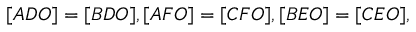
[ A D O ] = [ B D O ] , [ A F O ] = [ C F O ] , [ B E O ] = [ C E O ] ,